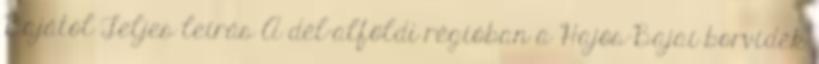
Bajától Teljes leírás A dél-alföldi régióban a Hajós-Bajai borvidék